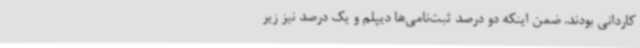
کاردانی بودند. ضمن اینکه دو درصد ثبت‌نامی‌ها دیپلم و یک درصد نیز زیر